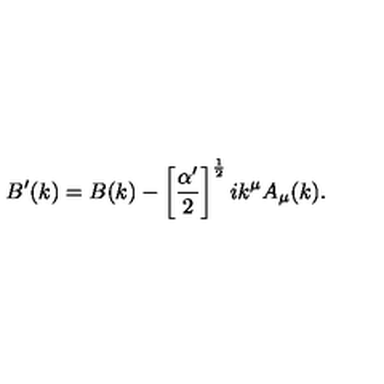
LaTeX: B ^ { \prime } ( k ) = B ( k ) - \left[ \frac { \alpha ^ { \prime } } { 2 } \right] ^ { \frac 1 2 } i k ^ { \mu } A _ { \mu } ( k ) .